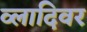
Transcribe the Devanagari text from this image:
व्लादिवर